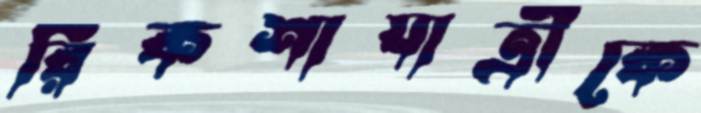
রিকশাযাত্রীকে